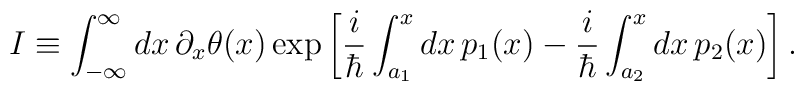
I\equiv\int_{-\infty}^\infty   dx\,\partial_x\theta(x)   \exp\left[{i\over\hbar}\int_{a_1}^xdx\,p_1(x)             -{i\over\hbar}\int_{a_2}^xdx\,p_2(x)\right].